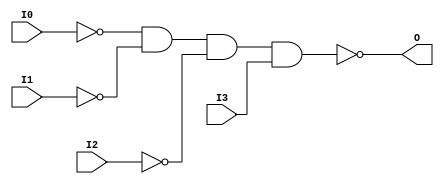
module NAND4B3 (O, I0, I1, I2, I3);

    output O;

    input  I0, I1, I2, I3;

    wire i0_inv;
    wire i1_inv;
    wire i2_inv;

    not N2 (i2_inv, I2);
    not N1 (i1_inv, I1);
    not N0 (i0_inv, I0);
    nand A1 (O, i0_inv, i1_inv, i2_inv, I3);


endmodule